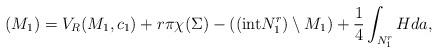
LaTeX: \begin{align*}(M_1) = V_R(M_1,c_1) + r\pi\chi(\Sigma) - (({\rm int} N_1^r)\setminus M_1) + \frac{1}{4} \int_{N_1^r} Hda,\end{align*}